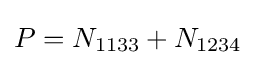
P=N_{1133}+N_{1234}